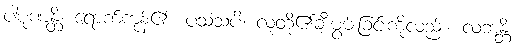
ပါပုဏန္တိ၊ ရောက်ကုန်၏။ ပသံသံပိ၊ လူတို့၏ချီးမွမ်းခြင်းကိုလည်း။ လဘန္တိ၊